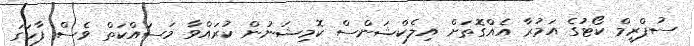
ސުޕްރީމް ކޯޓުގެ އަމުރާ އެއްގޮތަށް އިލެކްޝަންސް ކޮމިޝަނުން ކުރައްވާ މަސައްކަތް ވެސް ފާހަގަ